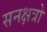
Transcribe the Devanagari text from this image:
सनक्षत्रो